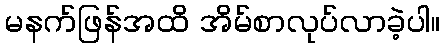
မနက်ဖြန်အထိ အိမ်စာလုပ်လာခဲ့ပါ။